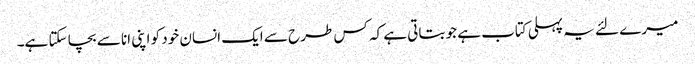
میرے لئے یہ پہلی کتاب ہے جو بتاتی ہے کہ کس طرح سے ایک انسان خود کو اپنی انا سے بچا سکتا ہے۔